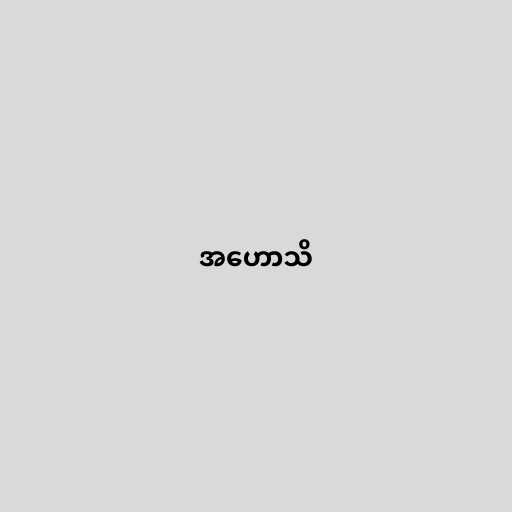
အဟောသိ